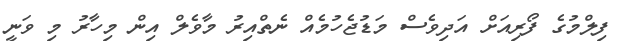
ފިލްމުގެ ފޯރިއަށް އަދިވެސް މަޑުޖެހުމެއް ނެތްއިރު މާވެލް އިން މިހާރު މި ވަނީ